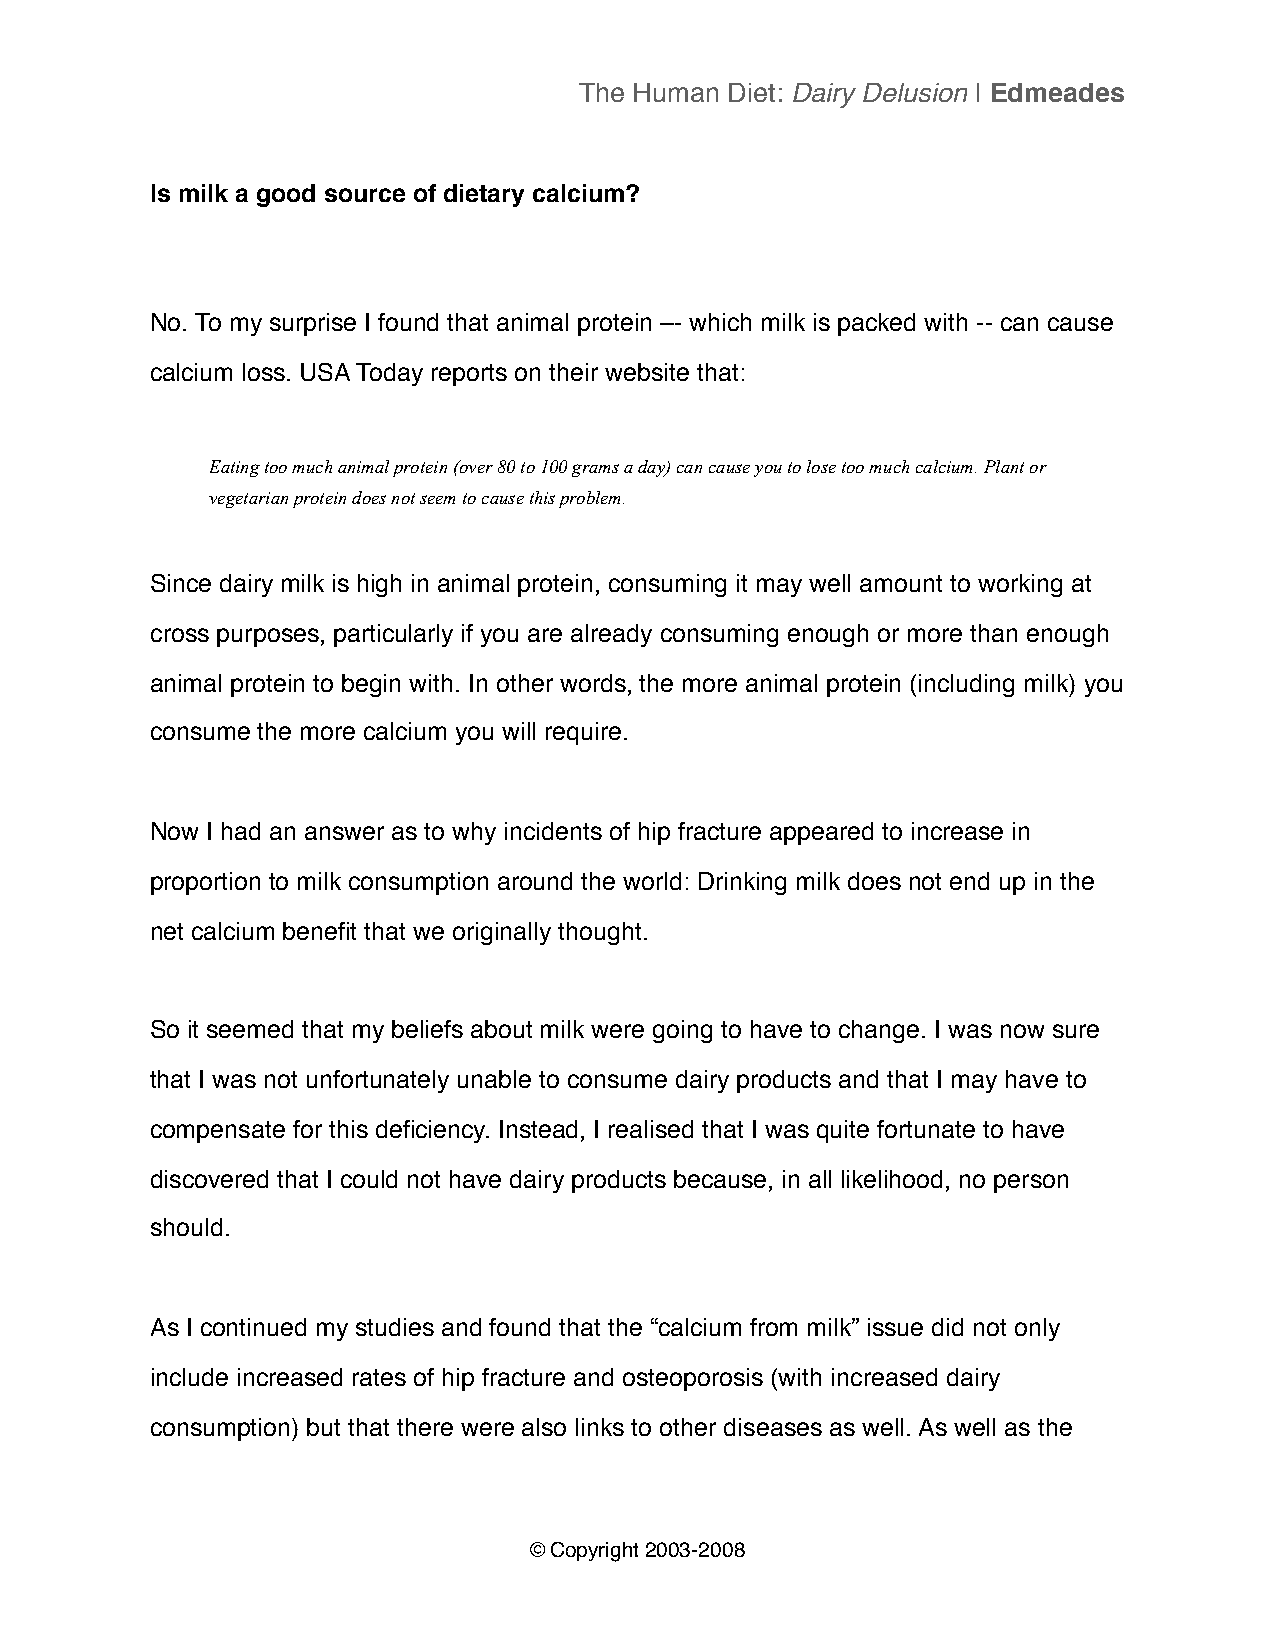
The Human Diet: Dairy Delusion | Edmeades
 Is milk a good source of dietary calcium?
 No. To my surprise I found that animal protein –- which milk is packed with -- can cause
 calcium loss. USA Today reports on their website that:
 Eating too much animal protein (over 80 to 100 grams a day) can cause you to lose too much calcium. Plant or
 vegetarian protein does not seem to cause this problem.
 Since dairy milk is high in animal protein, consuming it may well amount to working at
 cross purposes, particularly if you are already consuming enough or more than enough
 animal protein to begin with. In other words, the more animal protein (including milk) you
 consume the more calcium you will require.
 Now I had an answer as to why incidents of hip fracture appeared to increase in
 proportion to milk consumption around the world: Drinking milk does not end up in the
 net calcium benefit that we originally thought.
 So it seemed that my beliefs about milk were going to have to change. I was now sure
 that I was not unfortunately unable to consume dairy products and that I may have to
 compensate for this deficiency. Instead, I realised that I was quite fortunate to have
 discovered that I could not have dairy products because, in all likelihood, no person
 should.
 As I continued my studies and found that the “calcium from milk” issue did not only
 include increased rates of hip fracture and osteoporosis (with increased dairy
 consumption) but that there were also links to other diseases as well. As well as the
 © Copyright 2003-2008